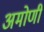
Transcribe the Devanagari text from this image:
अमोणी